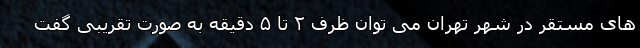
های مستقر در شهر تهران می توان ظرف ۲ تا ۵ دقیقه به صورت تقریبی گفت